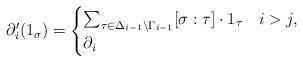
LaTeX: \begin{align*}\partial'_i(1_{\sigma}) =\begin{cases}\sum_{\tau\in \Delta_{i-1}\setminus\Gamma_{i-1}}[\sigma:\tau]\cdot 1_\tau & i>j,\\\partial_i & \end{cases}\end{align*}